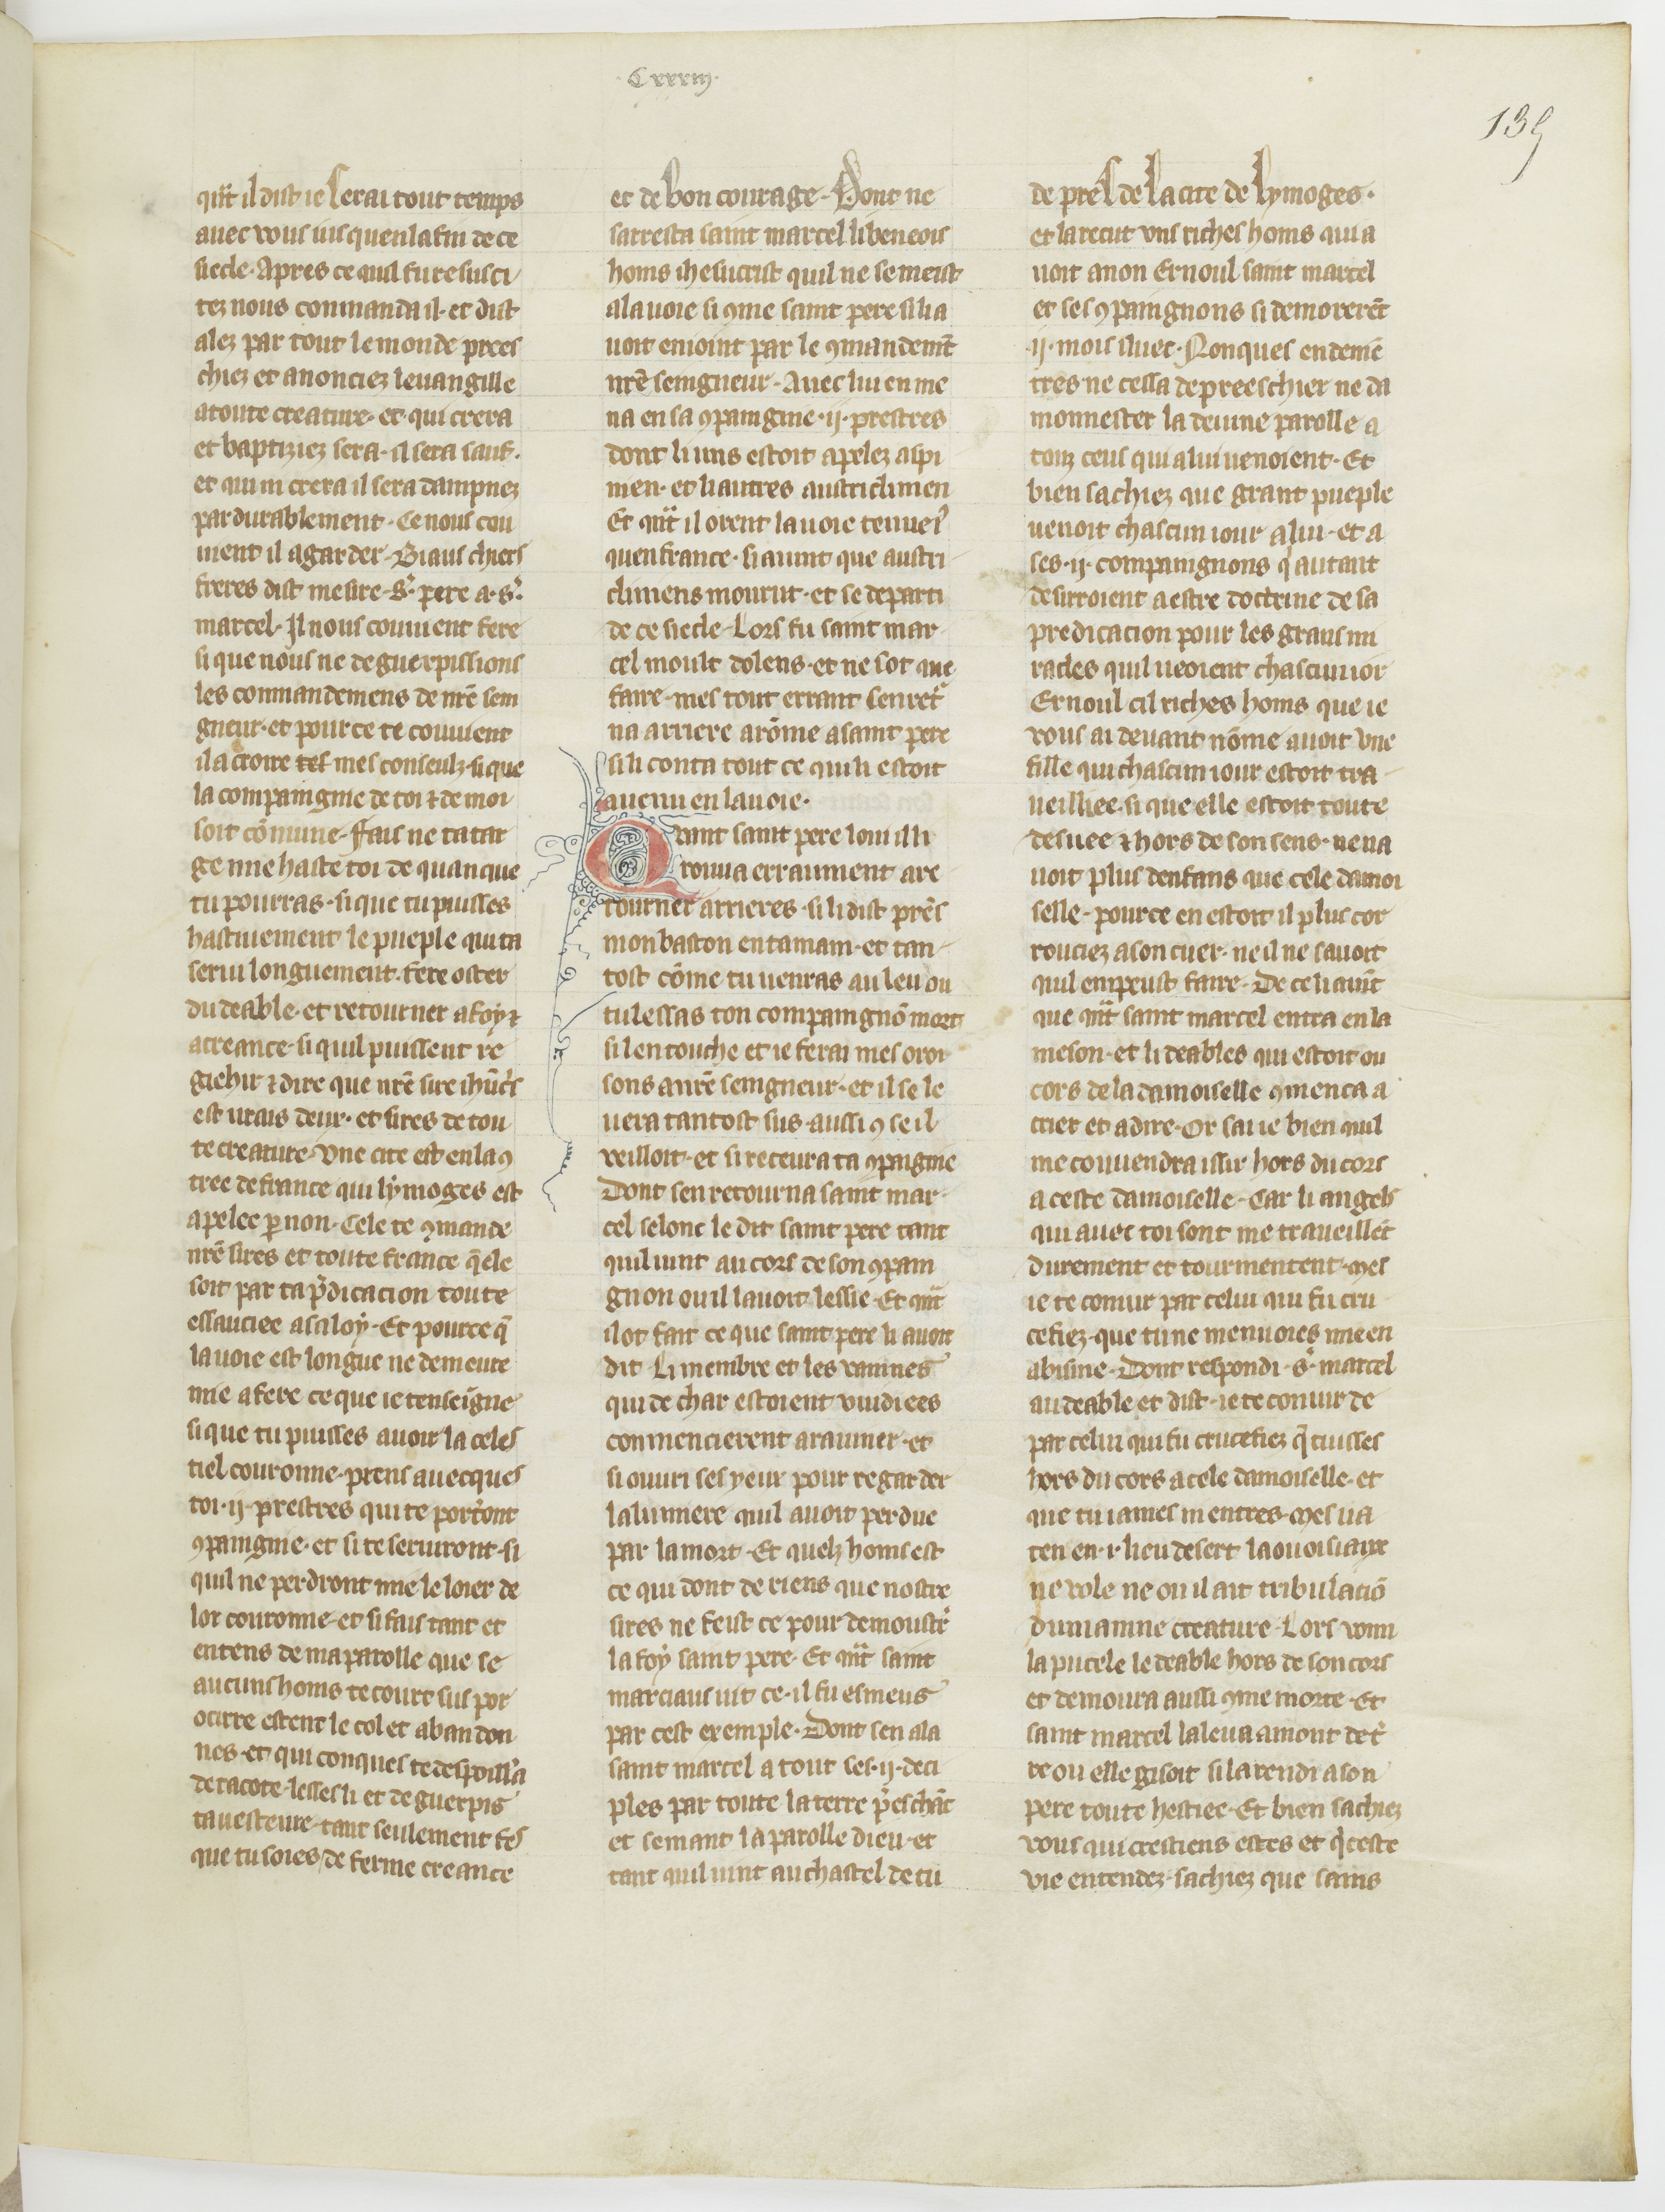
Shelfmark: Paris, BnF, fr. 185
Century: 15